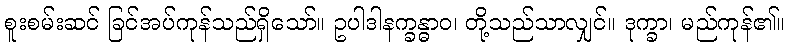
စူးစမ်းဆင် ခြင်အပ်ကုန်သည်ရှိသော်။ ဥပါဒါနက္ခန္ဓာဝ၊ တို့သည်သာလျှင်။ ဒုက္ခာ၊ မည်ကုန်၏။